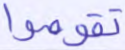
تقوموا